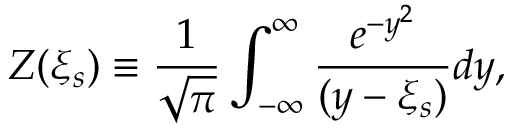
Z ( \xi _ { s } ) \equiv \frac { 1 } { \sqrt { \pi } } \int _ { - \infty } ^ { \infty } \frac { e ^ { - y ^ { 2 } } } { ( y - \xi _ { s } ) } d y ,